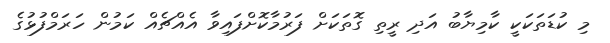
މި ކުޑަތަކަކީ ކާމިޔާބު އަދި ރީތި ގޮތަކަށް ފަރުމާކޮށްފައިވާ އެއްޗެއް ކަމުން ހަރަމްފުޅުގެ